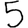
Digit: 5